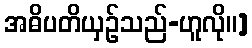
အဓိပတိယှဉ်သည်-ဟူလို။]